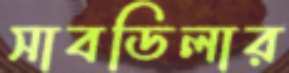
সাবডিলার